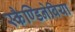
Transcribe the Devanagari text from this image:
स्कैण्डिनेविया